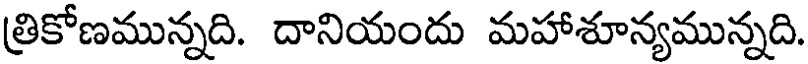
త్రికోణమున్నది. దానియందు మహాశూన్యమున్నది.